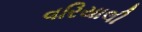
વરિયાલી